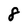
Character: 8